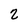
Character: 2